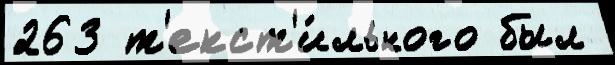
263 т'екст'и́льного был